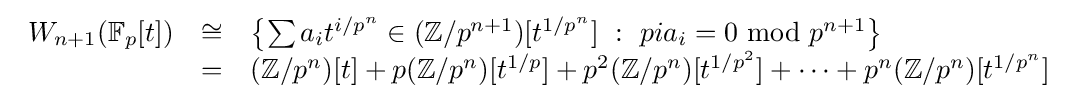
{\begin{array}{rcl}W_{n+1}(\mathbb {F} _{p}[t])&\cong &\left\{\sum a_{i}t^{i/p^{n}}\in (\mathbb {Z} /p^{n+1})[t^{1/p^{n}}]\ :\ pia_{i}=0\ {\textrm {mod}}\ p^{n+1}\right\}\\&=&(\mathbb {Z} /p^{n})[t]+p(\mathbb {Z} /p^{n})[t^{1/p}]+p^{2}(\mathbb {Z} /p^{n})[t^{1/p^{2}}]+\dots +p^{n}(\mathbb {Z} /p^{n})[t^{1/p^{n}}]\end{array}}